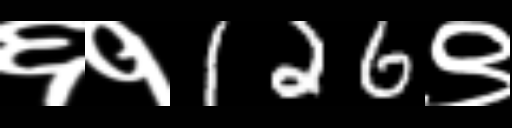
Text: ६१126९